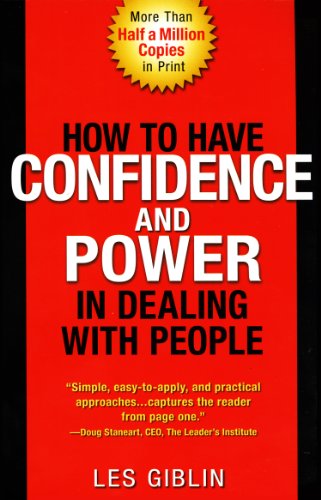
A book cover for How to Have Confidence and Power in Dealing with People; Leslie T. Giblin; Self-Help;